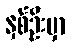
နှစ်ဦးမှာ